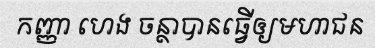
កញ្ញា ហេង ចន្ថាបានធ្វើឲ្យមហាជន